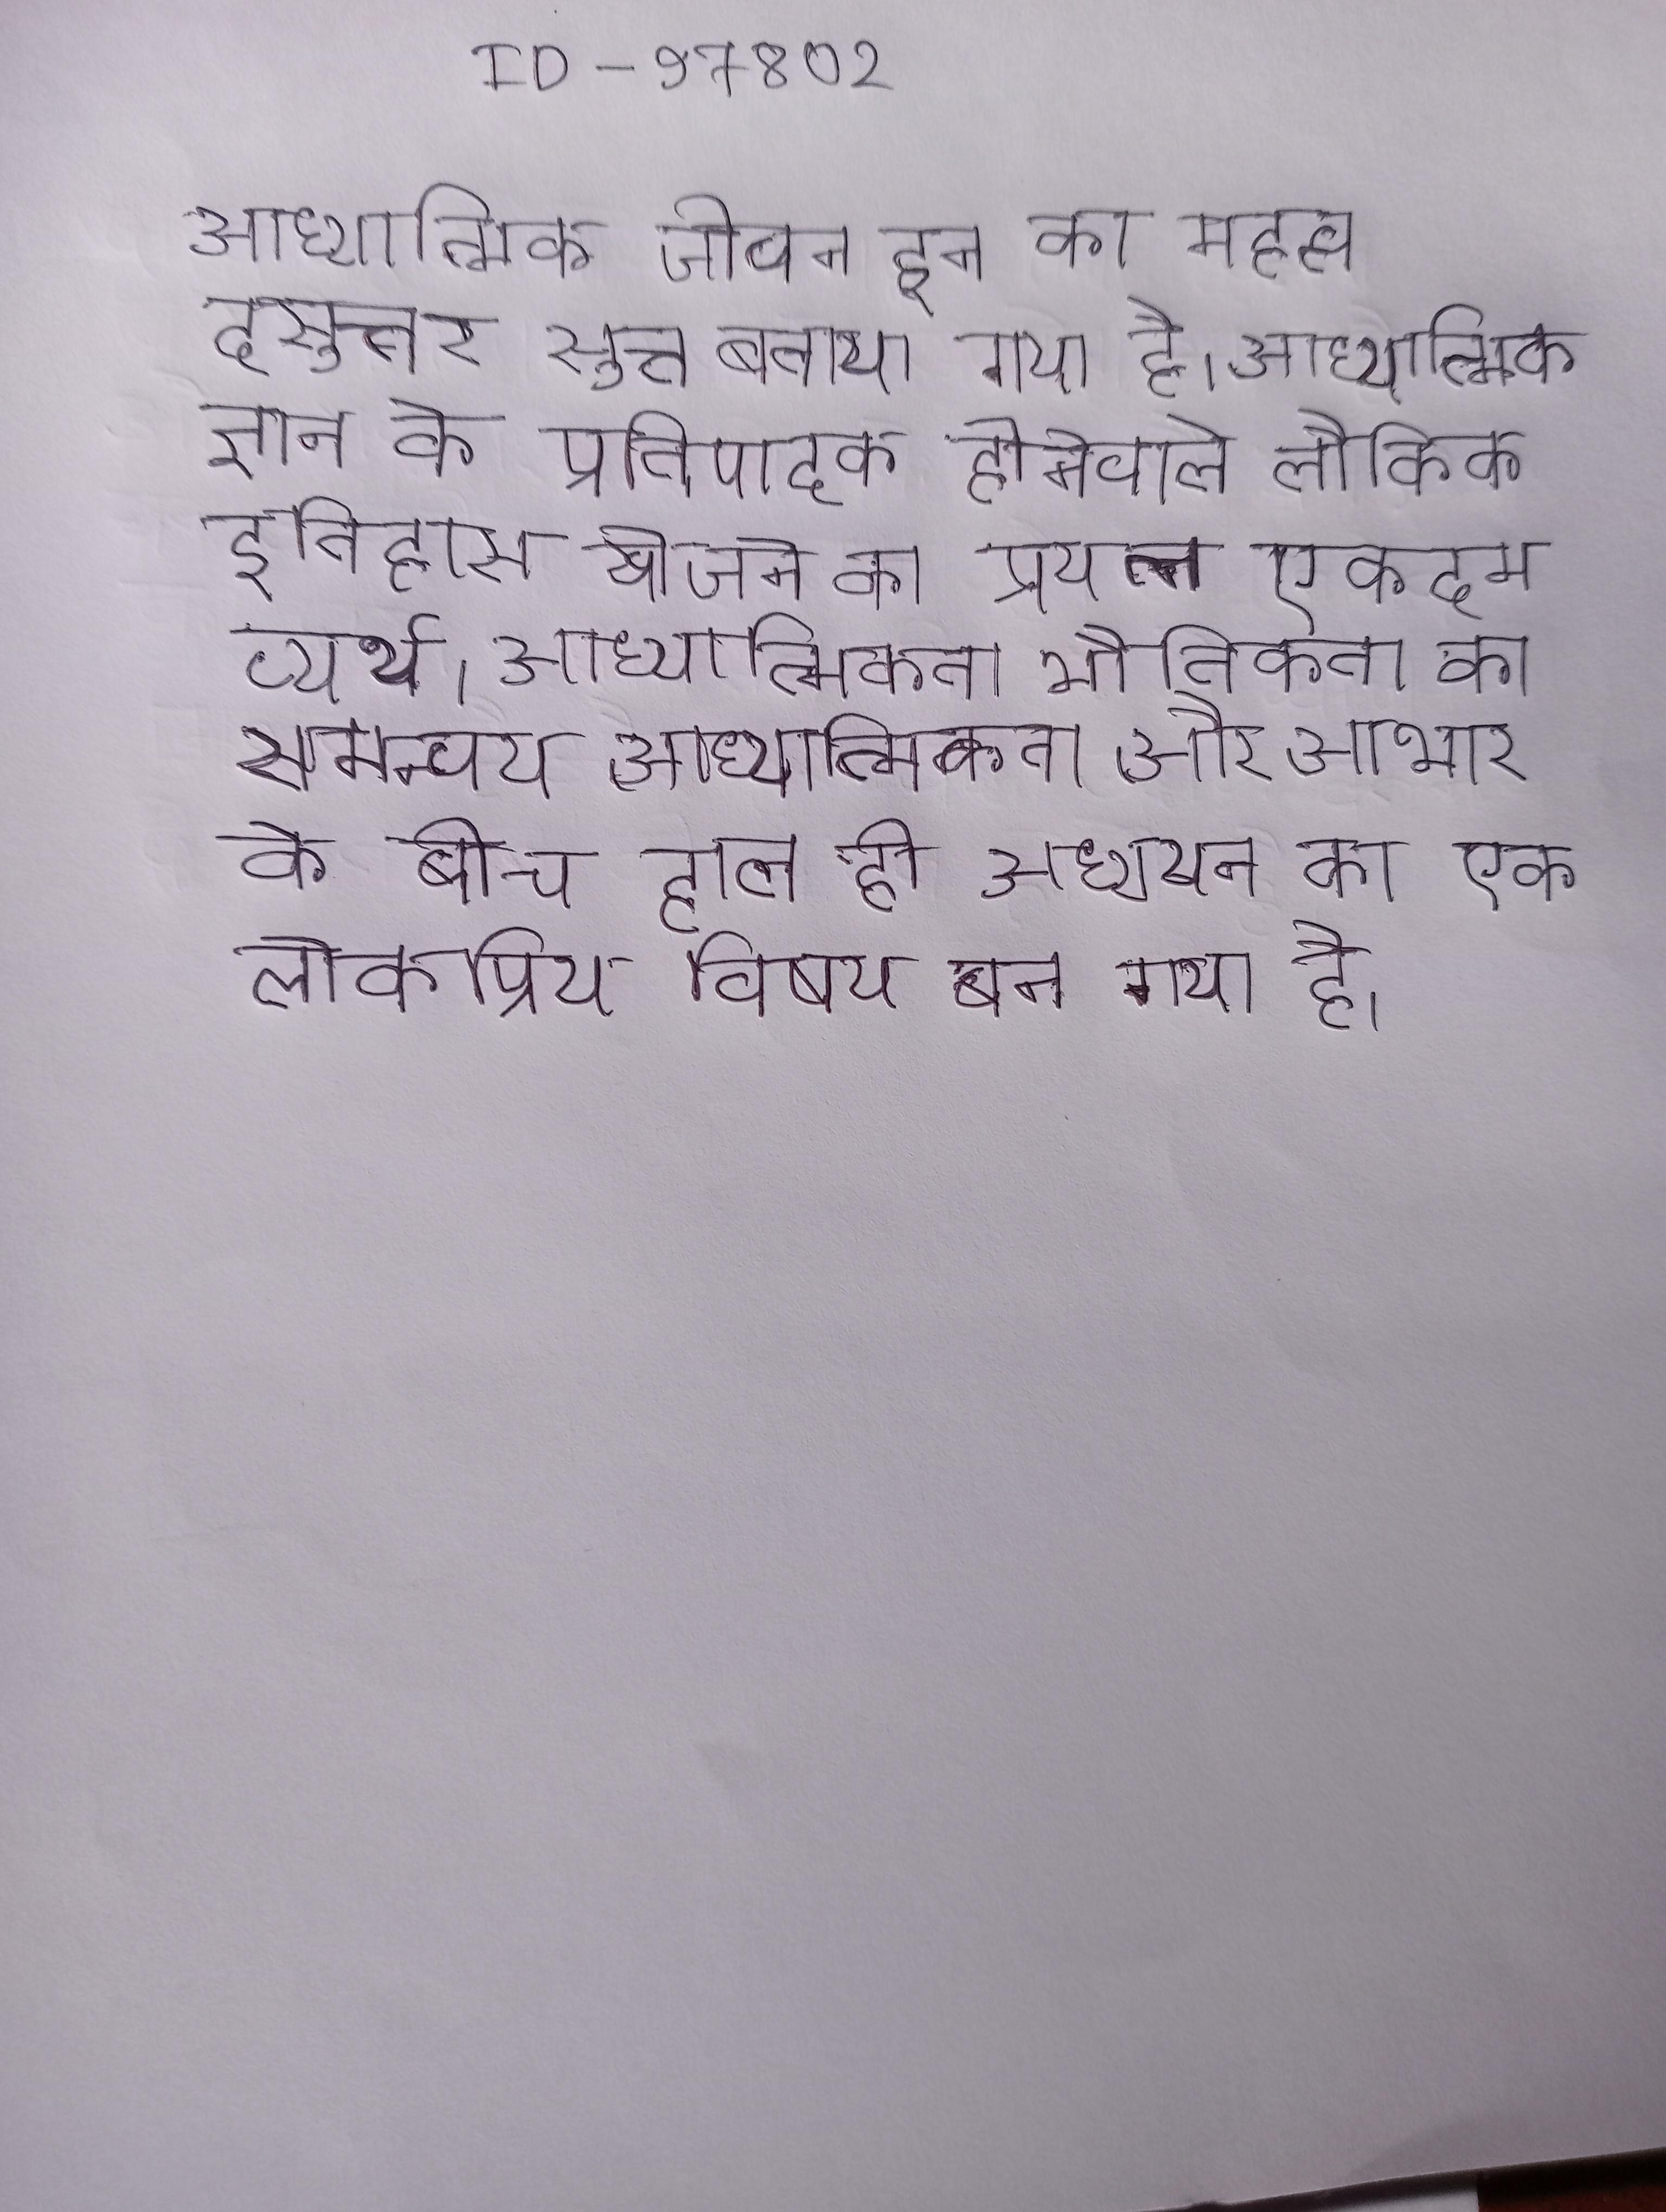
आध्यात्मिक जीवन इन का महत्व दसुत्तर सुत्त बताया गया है । आध्यात्मिक ज्ञान के प्रतिपादक होनेवाले लौकिक इतिहास खोजने का प्रयत्न एकदम व्यर्थ । आध्यात्मिकता भौतिकता का समन्वय आध्यात्मिकता और आभार के बीच हाल ही अध्ययन का एक लोकप्रिय विषय बन गया है ।